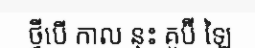
ថ្វីបើ កាល នុះ គូប៊ី ឡៃ